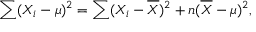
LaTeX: \sum ( X _ { i } - \mu ) ^ { 2 } = \sum ( X _ { i } - { \overline { { X } } } ) ^ { 2 } + n ( { \overline { { X } } } - \mu ) ^ { 2 } ,